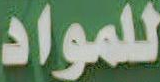
للمواد